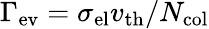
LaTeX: \Gamma_{\mathrm{ev}}=\sigma_{\mathrm{el}}v_{\mathrm{th}}/N_{\mathrm{col}}